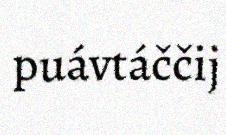
puávtáččij